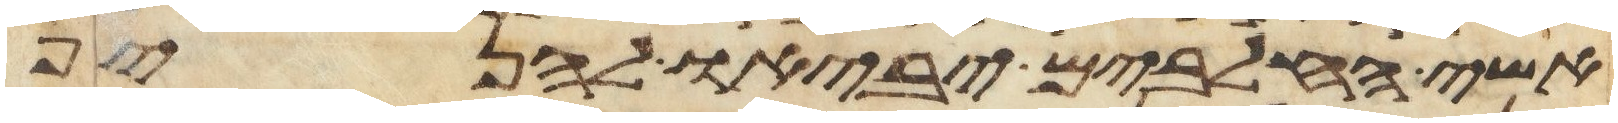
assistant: אשי החלבים יביאו להניף